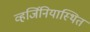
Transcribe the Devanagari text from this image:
व्हर्जिनियास्थित